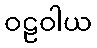
ဝဠဝါယ